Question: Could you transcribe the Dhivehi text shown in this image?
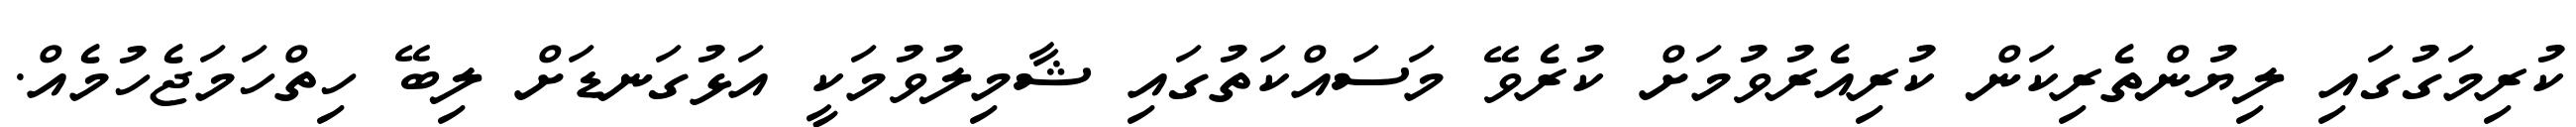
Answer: ކުރިމަގުގައި ލިޔުންތެރިކަން ކުރިއެރުވުމަށް ކުރެވޭ މަސައްކަތުގައި ޝާމިލުވުމަކީ އަޅުގަނޑަށް ލިބޭ ހިތްހަމަޖެހުމެއް.